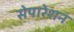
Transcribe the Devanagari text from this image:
सेपारेशन